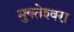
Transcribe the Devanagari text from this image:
मुक्‍तेश्‍वरा